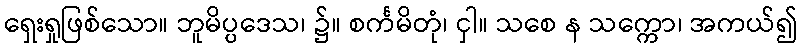
ရှေးရှုဖြစ်သော။ ဘူမိပ္ပဒေသ၊ ၌။ စင်္ကမိတုံ၊ ငှါ။ သစေ န သက္ကော၊ အကယ်၍